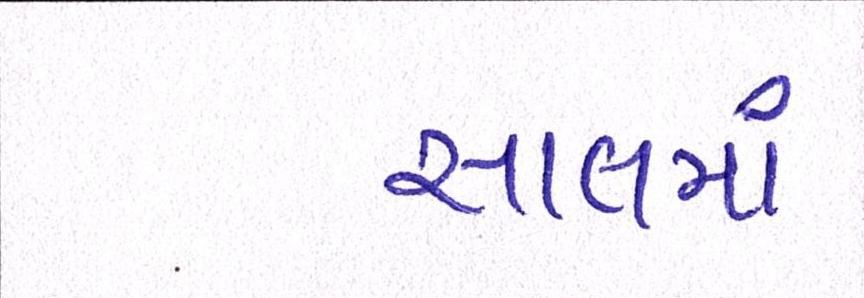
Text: સાલમાં